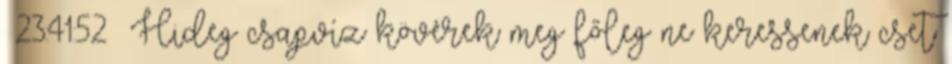
23:41:52 Hideg csapvíz kövérek meg főleg ne keressenek cset